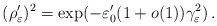
LaTeX: \begin{align*}(\rho_\varepsilon')^2=\exp(-\varepsilon'_0(1+o(1))\gamma_\varepsilon^2)\,.\end{align*}